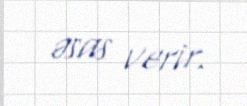
əsas verir.